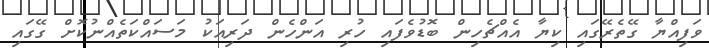
ވަފިއްޔާ ގޭތެރޭގައި ކިޔާ އެއްޗެހިން ބޮޑުވެފައި ހުރި އަންހެން ދަރިއަކު މަސައްކަތެއްނުކޮށް ގޭގައި